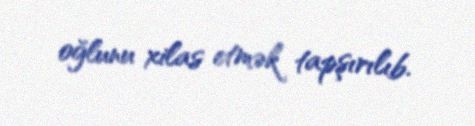
oğlunu xilas etmək tapşırılıb.